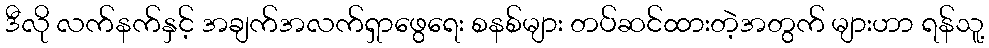
ဒီလို လက်နက်နှင့် အချက်အလက်ရှာဖွေရေး စနစ်များ တပ်ဆင်ထားတဲ့အတွက် များဟာ ရန်သူ့